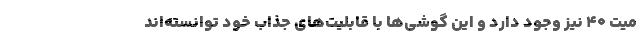
میت 40 نیز وجود دارد و این گوشی‌ها با قابلیت‌های جذاب خود توانسته‌اند